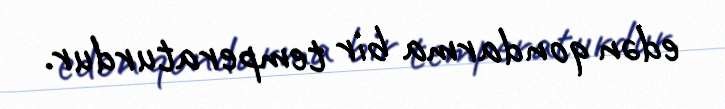
edən qondarma bir temperaturdur.